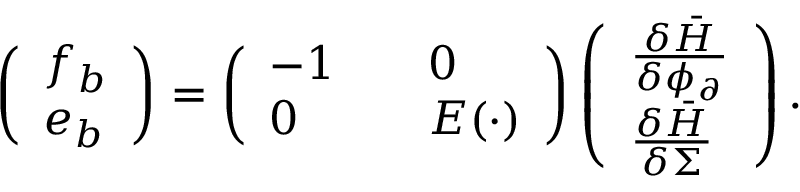
\begin{array} { r } { \left( \begin{array} { l } { f _ { b } } \\ { e _ { b } } \end{array} \right) = \left( \begin{array} { l l } { - 1 \quad } & { 0 } \\ { 0 \quad } & { E ( \cdot ) } \end{array} \right) \left( \begin{array} { l } { \frac { \delta \bar { H } } { \delta \phi _ { \partial } } } \\ { \frac { \delta \bar { H } } { \delta \Sigma } } \end{array} \right) . } \end{array}